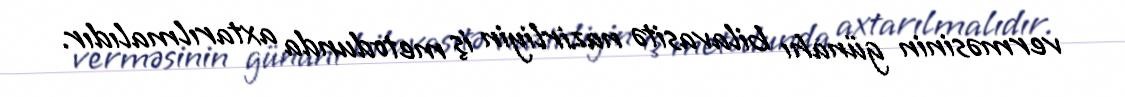
verməsinin günahı bilavasitə nazirliyin iş metodunda axtarılmalıdır.